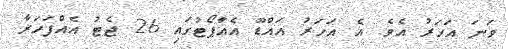
ވަނަ އަހަރު އެވެ. އެ އަހަރު އައްޑޫ އެއާޕޯޓުގައި 26 ޖެޓު އެއްފަހަރާ